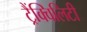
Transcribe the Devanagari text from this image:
ट्रैंक्विलिटी